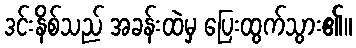
ဒင်းနိစ်သည် အခန်းထဲမှ ပြေးထွက်သွား၏။